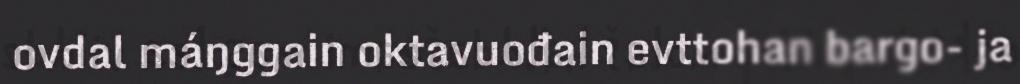
ovdal máŋggain oktavuođain evttohan bargo- ja